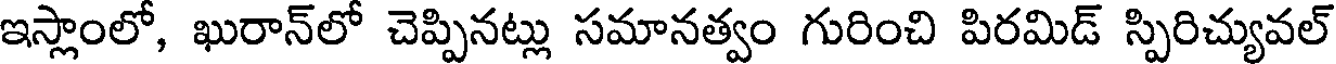
ఇస్లాంలో, ఖురాన్లో చెప్పినట్లు సమానత్వం గురించి పిరమిడ్ స్పిరిచ్యువల్